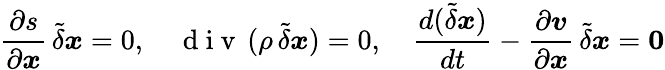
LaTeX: \frac{\partial s}{\partial\boldsymbol{x}}\, \tilde{\delta}\boldsymbol{x}=0,\quad\mathrm{~d~i~v~}\, (\rho\, \tilde{\delta}\boldsymbol{x})=0,\quad\frac{d(\tilde{\delta}\boldsymbol{x})}{dt}-\frac{\partial{\boldsymbol v}}{\partial\boldsymbol{x}}\, \tilde{\delta}\boldsymbol{x}=\boldsymbol{0}